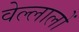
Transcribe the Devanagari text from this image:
वेल्लालों